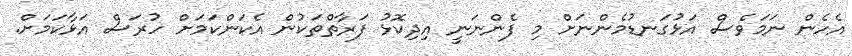
އެހެން ނަމަވެސް އަޅުގަނޑުމެންނަށް މި ފެންނަނީ އިދިކޮޅު ފަރާތްތަކުން އެކަންކަމަށް ހުރަސް އަޅާކަމަށް.